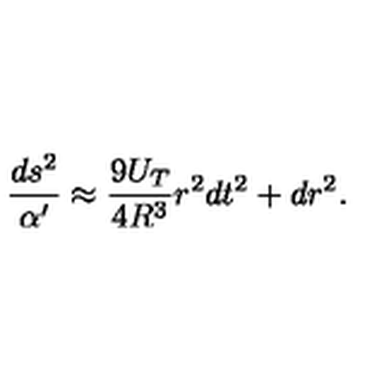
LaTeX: \frac { d s ^ { 2 } } { \alpha ^ { \prime } } \approx \frac { 9 U _ { T } } { 4 R ^ { 3 } } r ^ { 2 } d t ^ { 2 } + d r ^ { 2 } .